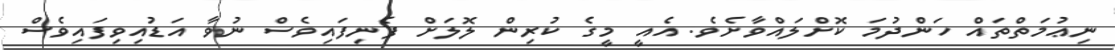
ނިޢުމަތްތައް ހަންދުމަ ކޮށްލައްވާށެވެ. އެއީ މީގެ ކުރިން ލޮލަށް ފެނިފައިވެސް ނުވާ އަޑުއިވިފައިވެސް